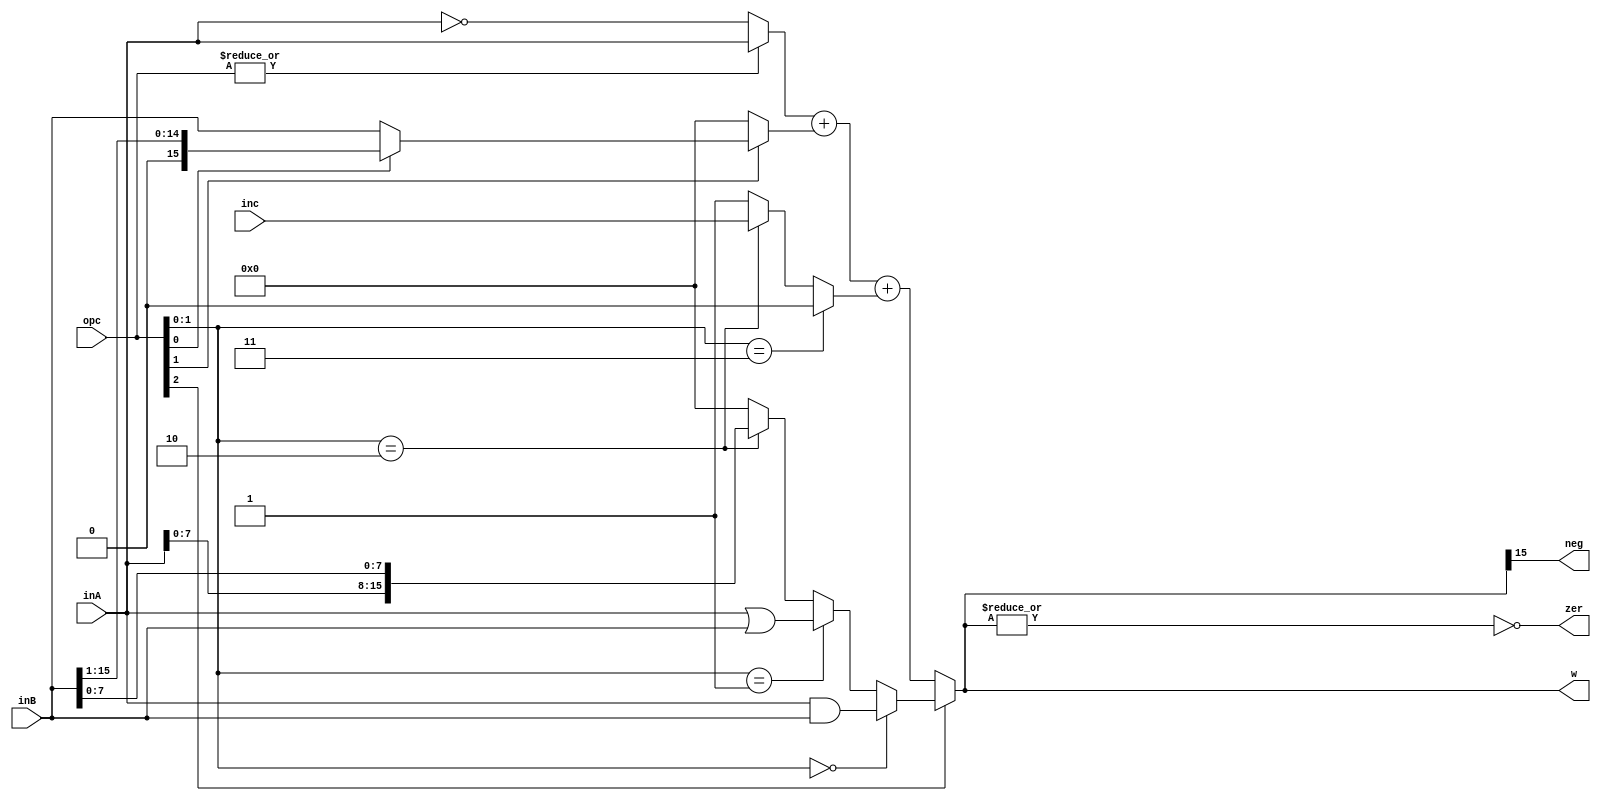
module ALU_MIN(input signed[15:0]inA ,inB , input[2:0]opc , input inc , 
output reg[15:0]w , output reg zer , neg);
    wire[15:0] mux_1 , mux_2 , mux_3 , mux_5 , mux_6;
    wire mux_4;
    wire opc_or = |opc;

    assign mux_1 = 
    (opc_or == 0) ? ~inA:
    (opc_or == 1) ? inA:
    16'bx;

    assign mux_2 =
    (opc[0] == 1'b0) ? inB:
    (opc[0] == 1'b1) ? (inB >>> 1):
    16'bx;

    assign mux_3 =
    (opc[1] == 1'b0) ? 0:
    (opc[1] == 1'b1) ? mux_2:
    16'bx;

    assign mux_4 =
    (opc[1:0] == 2'b11) ? 0:
    (opc[1:0] == 2'b10) ? inc:1;

    assign mux_5 =
    (opc[1:0] == 2'b00) ? inA & inB:
    (opc[1:0] == 2'b01) ? inA | inB:
    (opc[1:0] == 2'b10) ? {inA[7:0] , inB[7:0]}:
    16'b0;

    assign w = 
    (opc[2] == 0) ? (mux_1 + mux_3 + mux_4):
    (opc[2] == 1) ? (mux_5):
    16'bx;

    assign zer = ~(|w);
    assign neg = w[15];
endmodule